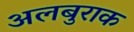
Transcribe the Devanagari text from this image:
अलबुराक